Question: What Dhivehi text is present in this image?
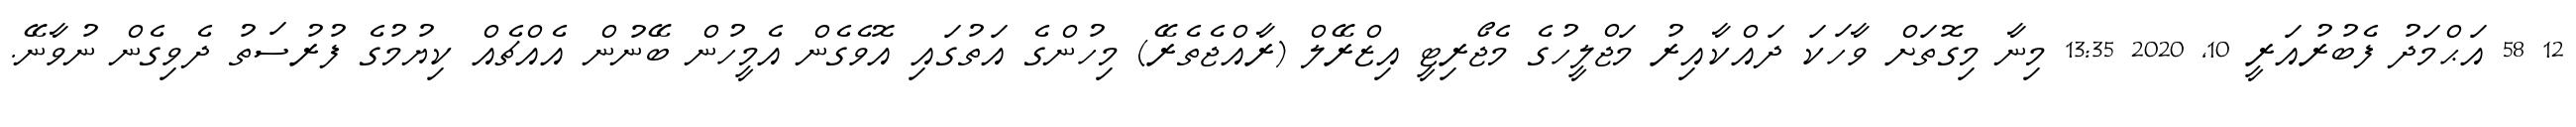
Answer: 12 58 އަޙްމަދު ފެބުރުއަރީ 10, 2020 13:35 މިނާ މިގޮތަށް ވާހަކަ ދައްކާއިރު މަޖްލީހުގެ މެޖޯރިޓީ އިޒްރޭލް (ރާއްޖެތެރޭ) މިހުންގެ އަތުގައި އޮވެގެން އެމީހުން ބޭނުން އެއްޗެއް ކިޔުމުގެ ފުރުސަތު ދެވިގެން ނުވާނޭ.